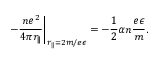
\left. - \frac { n e ^ { 2 } } { 4 \pi r _ { \Vert } } \right\vert _ { r _ { \Vert } = 2 m / e \epsilon } = - \frac 1 2 \alpha n \frac { e \epsilon } { m } .